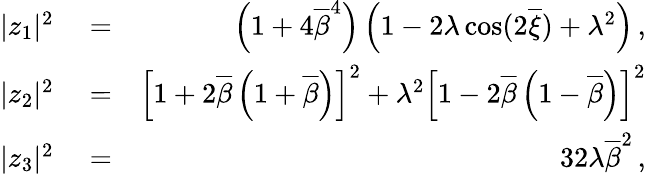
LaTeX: \begin{array}{rlr}{|z_{1}|^{2}}&{{}=}&{\left(1+4\overline{{\beta}}^{4}\right)\left(1-2\lambda\cos(2\overline{{\xi}})+\lambda^{2}\right)\, ,}\\ {|z_{2}|^{2}}&{{}=}&{\left[1+2\overline{{\beta}}\left(1+\overline{{\beta}}\right)\right]^{2}+\lambda^{2}\left[1-2\overline{{\beta}}\left(1-\overline{{\beta}}\right)\right]^{2}}\\ {|z_{3}|^{2}}&{{}=}&{32\lambda\overline{{\beta}}^{2}\, ,}\end{array}